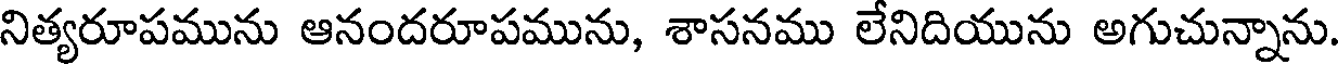
నిత్యరూపమును ఆనందరూపమును, శాసనము లేనిదియును అగుచున్నాను